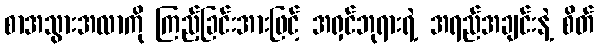
စာအသွားအလာကို ကြည့်ခြင်းအားဖြင့် အရှင်ဘုရားရဲ့ အရည်အချင်းနဲ့ စိတ်